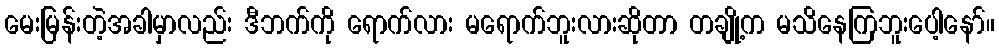
မေးမြန်းတဲ့အခါမှာလည်း ဒီဘက်ကို ရောက်လား မရောက်ဘူးလားဆိုတာ တချို့က မသိနေကြဘူးပေါ့နော်။